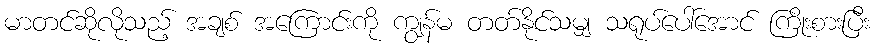
မာတင်ဆိုလိုသည့် အချစ် အကြောင်းကို ကျွန်မ တတ်နိုင်သမျှ သရုပ်ပေါ်အောင် ကြိုးစားပြီး